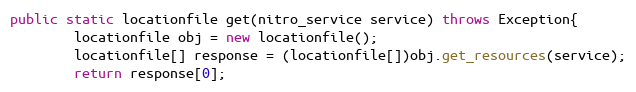
Language: Java
public static locationfile get(nitro_service service) throws Exception{
		locationfile obj = new locationfile();
		locationfile[] response = (locationfile[])obj.get_resources(service);
		return response[0];